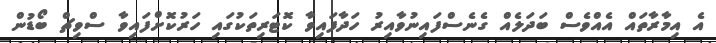
އެ އިމާރާތައް އެއްވެސް ބަދަލެއް ގެނެސްފައިނުވާއިރު ހަދާފައިވާ ކޮޓަރިތަކުގައި ހަރުކޮށްފައިވާ ސްވިޗް ބޯޑުން